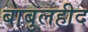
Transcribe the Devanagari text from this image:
बाबुलहीद